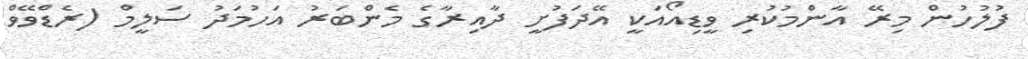
ފުލުހުން މިރޭ އާންމުކުރި ވީޑިއޯއަކީ އޭދަފުށީ ދާއިރާގެ މެންބަރު އަހުމަދު ސަލީމް (ރެޑްވޭވް